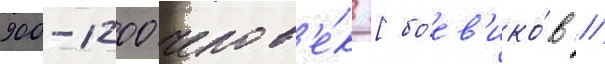
900-1200 челов'е́к [боев'ико́в //